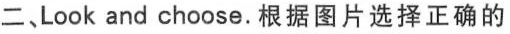
二、Look and choose. 根据图片选择正确的